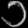
Digit: ၁